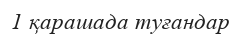
1 қарашада туғандар